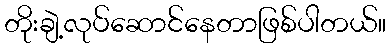
တိုးချဲ့လုပ်ဆောင်နေတာဖြစ်ပါတယ်။